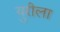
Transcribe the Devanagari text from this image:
युरीला